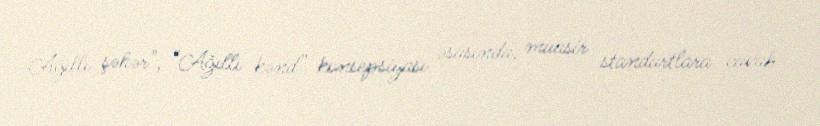
Ağıllı şəhər", “Ağıllı kənd” konsepsiyası əsasında, müasir standartlara cavab